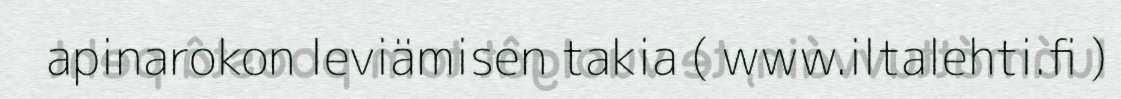
apinarokon leviämisen takia ( www.iltalehti.fi )